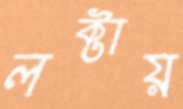
লক্টায়